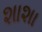
શાશા